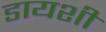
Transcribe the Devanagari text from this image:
डायशी